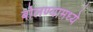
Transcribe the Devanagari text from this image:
बोलण्यामध्ये